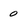
Character: 0